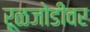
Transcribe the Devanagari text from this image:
रूळजोडीवर